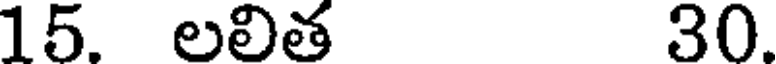
15. లలిత 30.